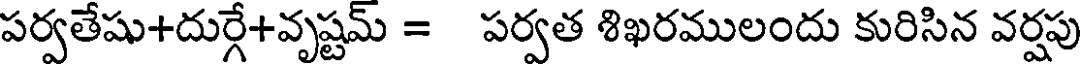
పర్వతేషు+దుర్గే+వృష్టమ్ = పర్వత శిఖరములందు కురిసిన వర్షపు